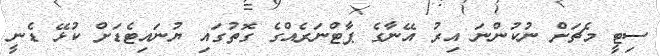
ސިޓީ މެޗަށް ނުކުންނަ އިރު އޭނާގެ ޕާޓްނަރެއްގެ ގޮތުގައި ޔުނައިޓެޑަށް ކުޅޭ ޑެނީ